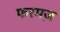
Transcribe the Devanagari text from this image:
फरमज़